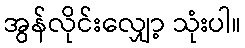
အွန်လိုင်းလျှော့ သုံးပါ။